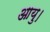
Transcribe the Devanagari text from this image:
आयु।